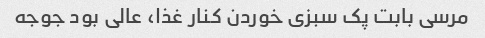
مرسی بابت پک سبزی خوردن کنار غذا، عالی بود جوجه